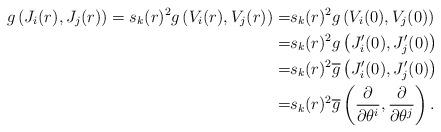
LaTeX: \begin{align*}g\left(J_i (r), J_j (r)\right)=s_k(r)^2 g\left(V_i(r), V_j(r)\right)=&s_k(r)^2 g\left(V_i(0), V_j(0)\right)\\=&s_k(r)^2 g\left(J_i'(0), J_j'(0)\right)\\=&s_k(r)^2 \overline g\left(J_i'(0), J_j'(0)\right)\\=&s_k(r)^2 \overline g\left(\frac{\partial }{\partial \theta^i}, \frac{\partial }{\partial \theta^j}\right).\end{align*}